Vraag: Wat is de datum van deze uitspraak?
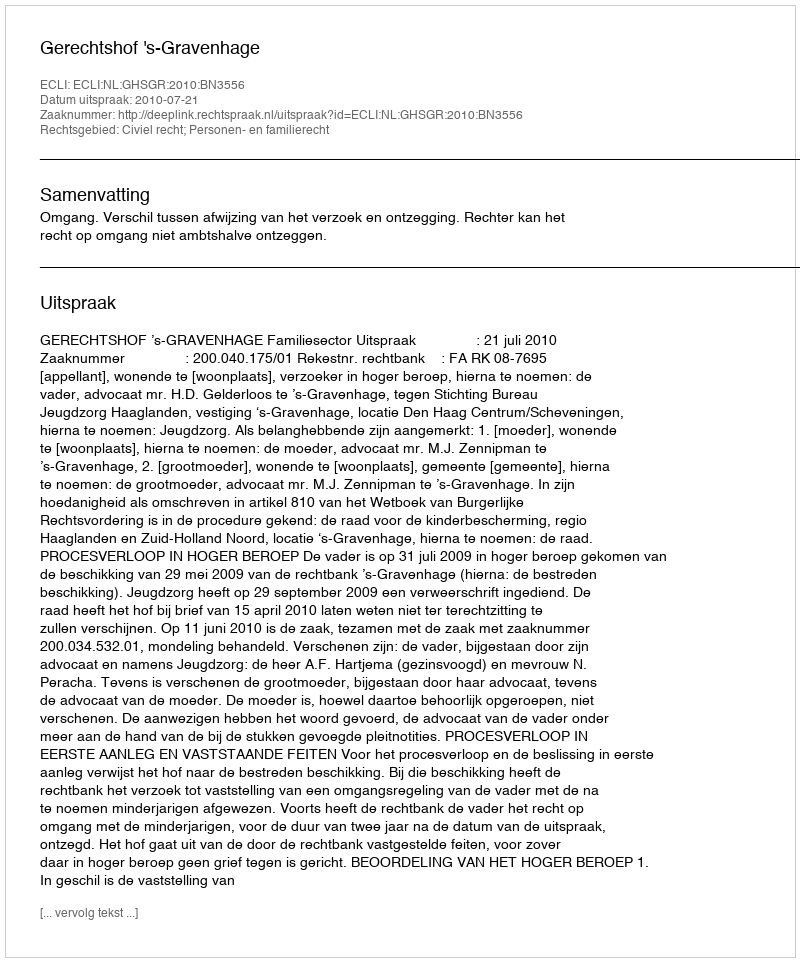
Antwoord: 2010-07-21